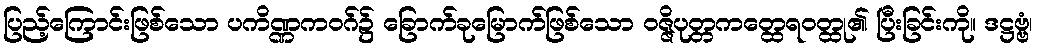
ပြည့်ကြောင်းဖြစ်သော ပကိဏ္ဏကဝဂ်၌ ခြောက်ခုမြောက်ဖြစ်သော ဝဇ္ဇိပုတ္တကတ္ထေရဝတ္ထု၏ ပြီးခြင်းကို။ ဒဋ္ဌဗ္ဗံ၊